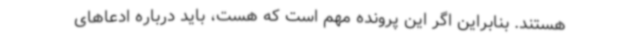
هستند. بنابراین اگر این پرونده مهم است که هست، باید درباره ادعاهای